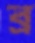
ব্র